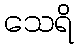
သေရိ